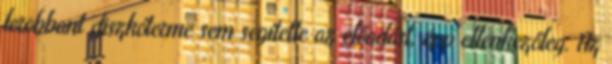
lerobbant diszkóterme sem segítette az előadást, épp ellenkezőleg. Az